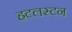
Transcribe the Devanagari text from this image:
हटलस्टन